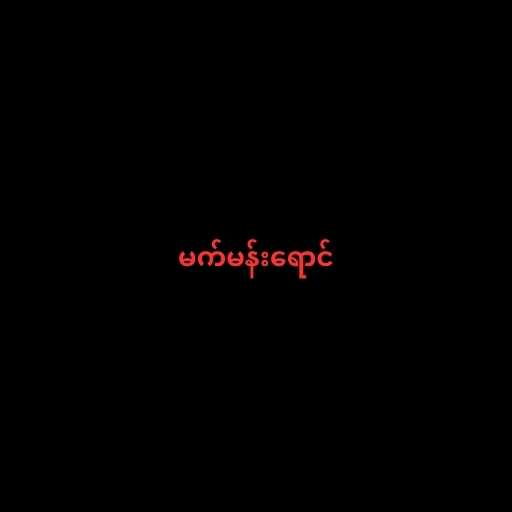
မက်မန်းရောင်